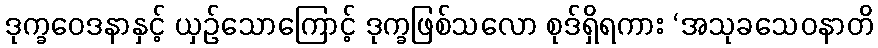
ဒုက္ခဝေဒနာနှင့် ယှဉ်သောကြောင့် ဒုက္ခဖြစ်သလော စုဒ်ရှိရကား ‘အသုခသေဝနာတိ